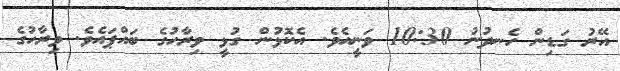
އޭރު ގަޑިން ހެނދުނު 10:30 ވަނީއެވެ. އެކޮޅުން ގުޅީ ވިރާހުގެ ބައްޕައެވެ. ވިރާހުގެ